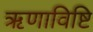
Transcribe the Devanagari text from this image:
ऋणाविष्टि